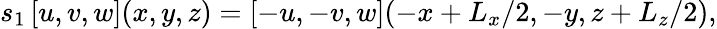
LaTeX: s_{1}\left[u,v,w\right](x,y,z)=\left[-u,-v,w\right](-x+L_{x}/2,-y,z+L_{z}/2),